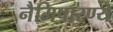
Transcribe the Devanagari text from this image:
नैमिषारण्ये